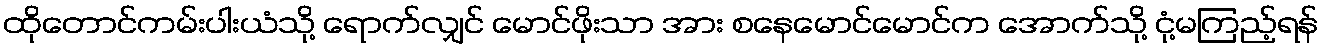
ထိုတောင်ကမ်းပါးယံသို့ ရောက်လျှင် မောင်ဖိုးသာ အား စနေမောင်မောင်က အောက်သို့ ငုံ့မကြည့်ရန်